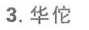
3.华佗